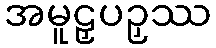
အမူဠှပဉှဿ